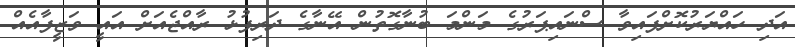
އަދި ހައްޔަރުކޮށްފައިވާ ސްނައިޕަރުގެ މަންމަ ބުނާގޮތުން އޭނާގެ ދަރިފުޅު ރާއްޖެއަށް އައީ ވަޒީފާއެއް